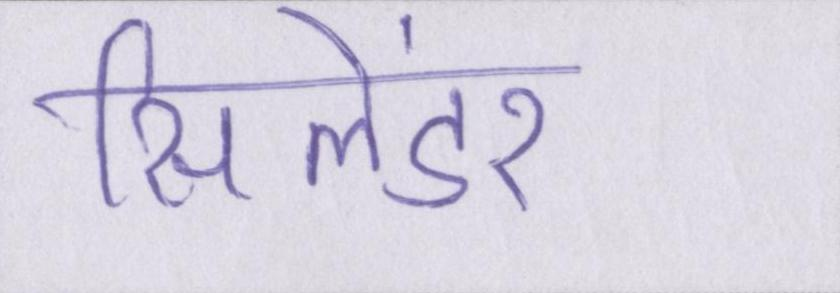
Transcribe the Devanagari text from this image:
सिलेंडर